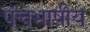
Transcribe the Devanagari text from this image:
पंचभाषीय